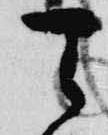
天